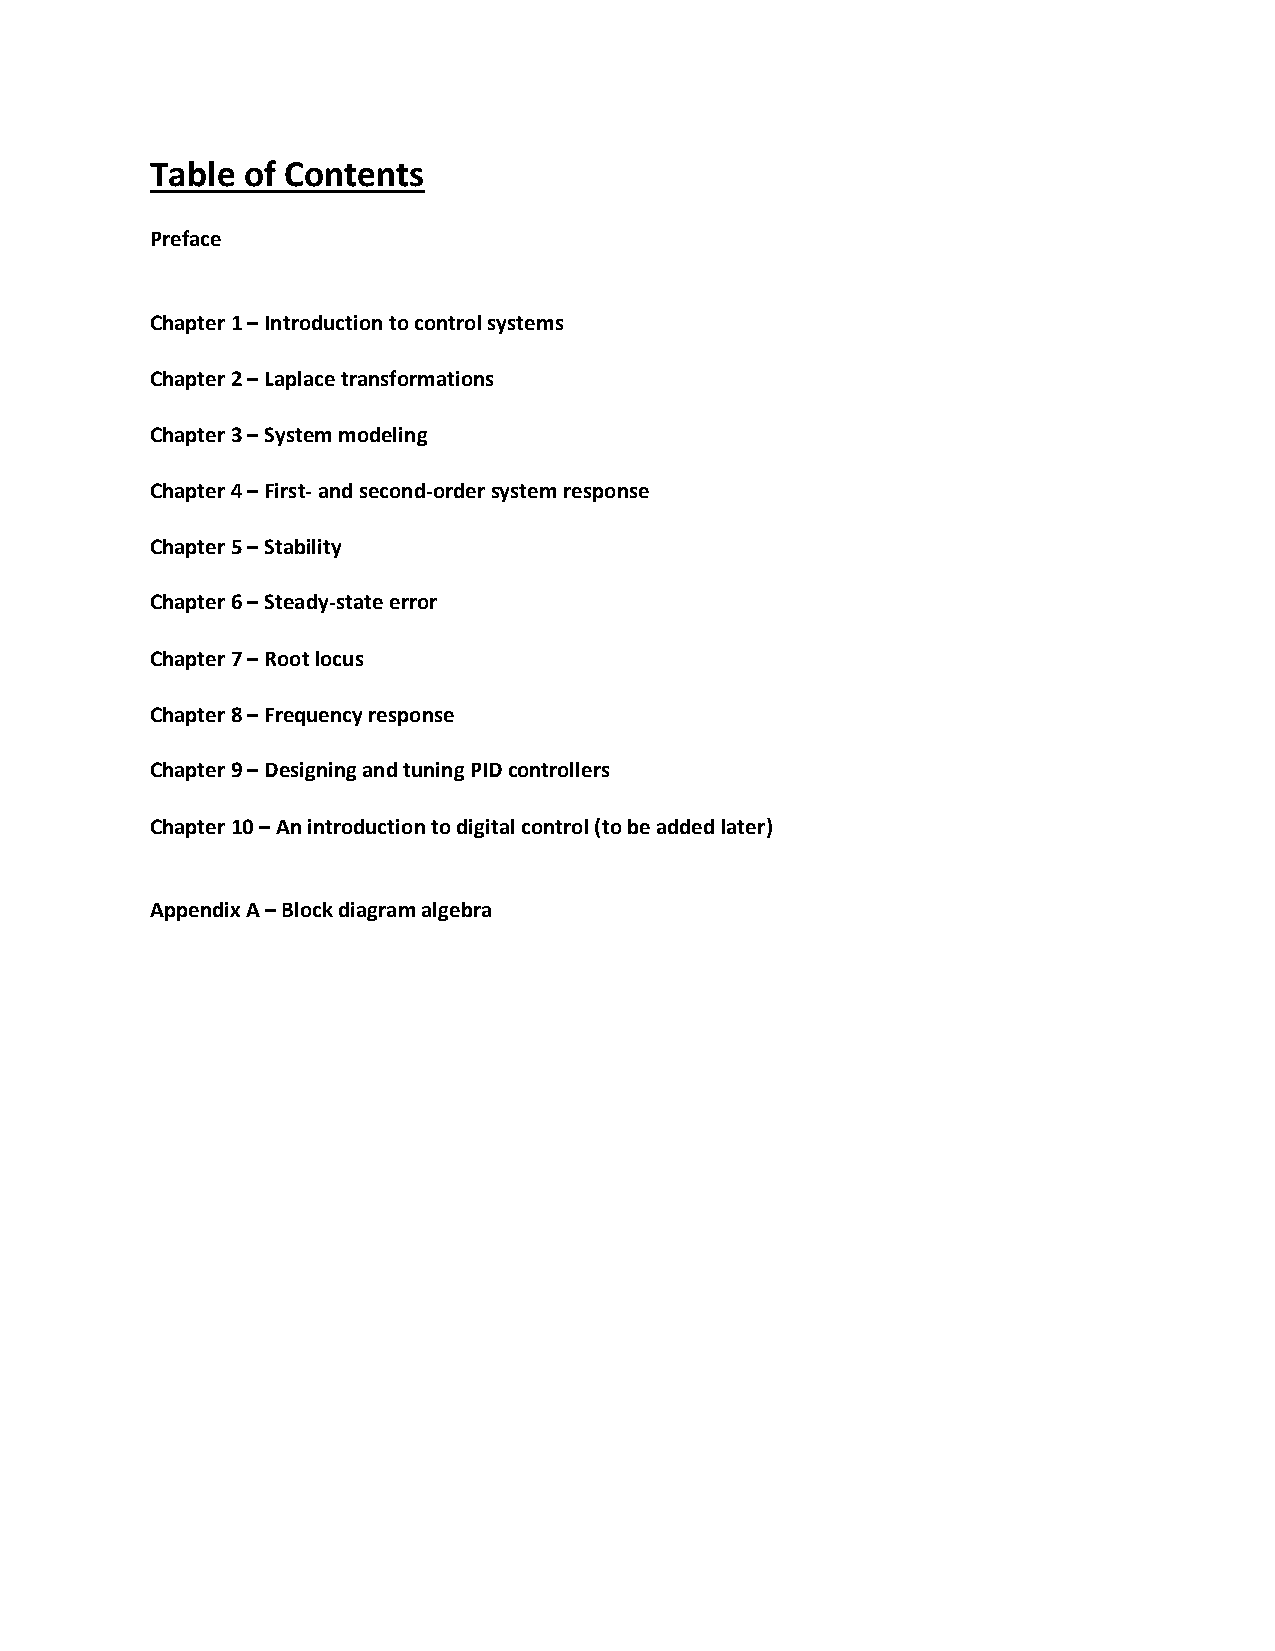
Table of Contents
 Preface
 Chapter 1 – Introduction to control systems
 Chapter 2 – Laplace transformations
 Chapter 3 – System modeling
 Chapter 4 – First‐ and second‐order system response
 Chapter 5 – Stability
 Chapter 6 – Steady‐state error
 Chapter 7 – Root locus
 Chapter 8 – Frequency response
 Chapter 9 – Designing and tuning PID controllers
 Chapter 10 – An introduction to digital control (to be added later)
 Appendix A – Block diagram algebra